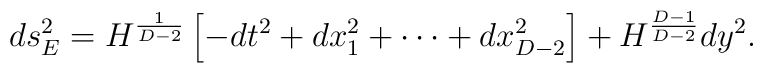
ds^2_E=H^{1\over{D-2}}\left[-dt^2+dx^2_1+\cdots+dx^2_{D-2}\right]+H^{{D-1}\over{D-2}}dy^2.